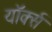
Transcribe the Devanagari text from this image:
यॉर्क्स